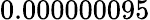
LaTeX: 0.000000095